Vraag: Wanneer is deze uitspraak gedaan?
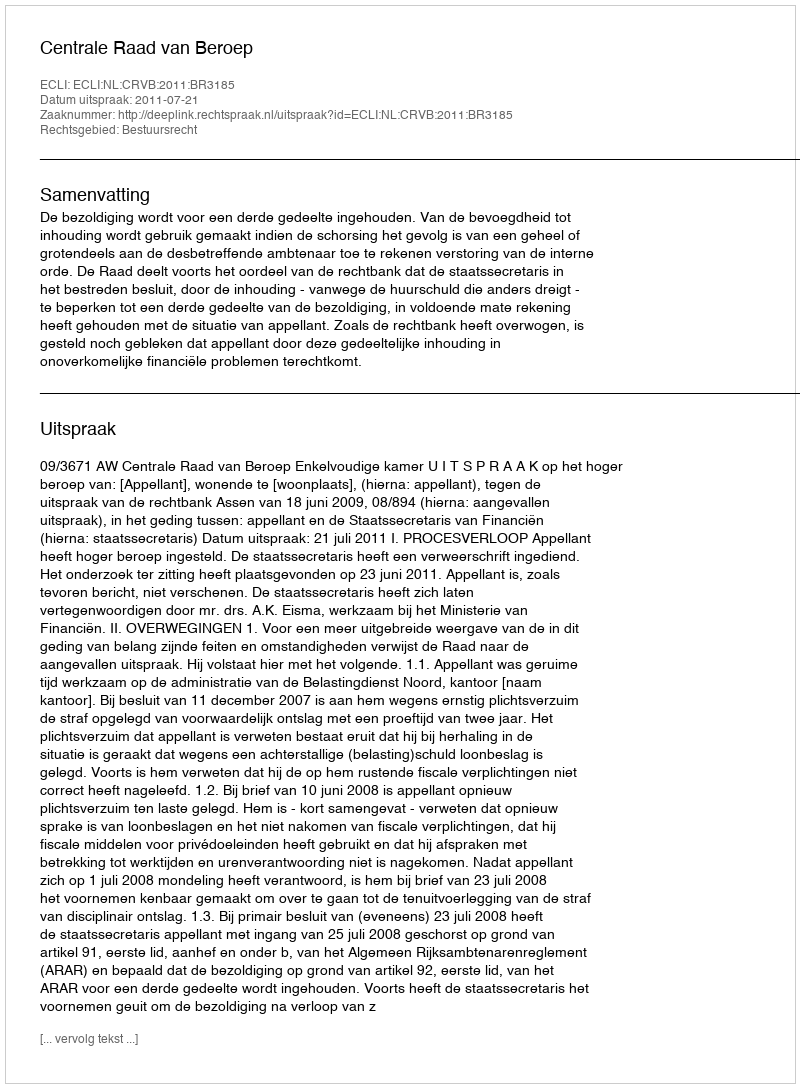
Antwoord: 2011-07-21